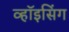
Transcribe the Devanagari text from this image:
व्हॉइसिंग